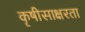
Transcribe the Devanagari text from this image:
कृषीसाक्षरता